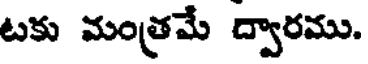
టకు మంత్రమే ద్వారము.